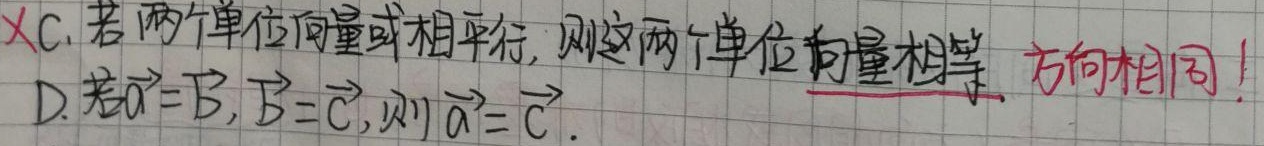
×C. 若两个单位向量互相平行，则这两个单位向量相等。这里要注意方向相同才相等！
D. 若\(\vec{a}=\vec{b}\)，\(\vec{b}=\vec{c}\)，则\(\vec{a}=\vec{c}\)。